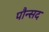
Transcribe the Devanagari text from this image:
पौन्सद